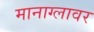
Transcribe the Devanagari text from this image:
मानाग्लावर